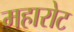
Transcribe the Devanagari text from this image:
महारोट